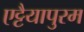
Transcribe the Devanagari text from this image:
एट्टैयापुरम